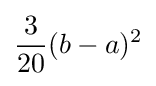
{3 \over 20}(b-a)^{2}